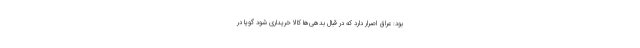
بود: عراق اصرار دارد که در قبال بدهی‌ها کالا خریداری شود گویا در